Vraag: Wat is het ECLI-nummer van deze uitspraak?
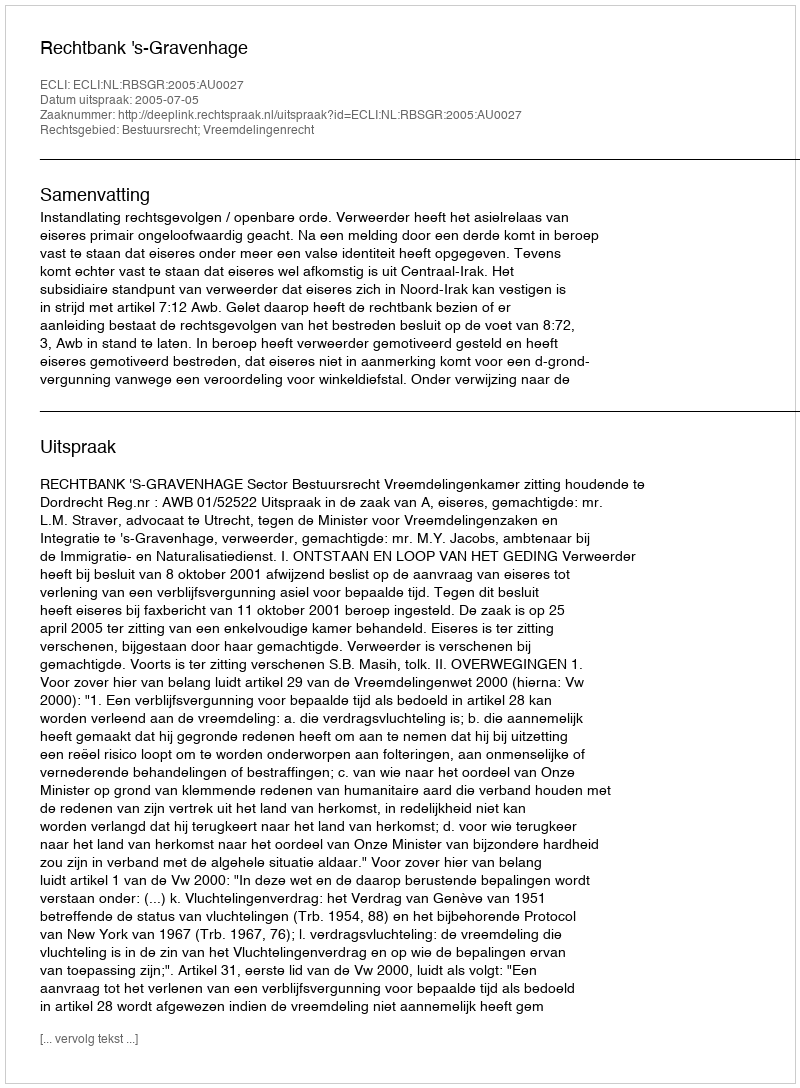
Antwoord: ECLI:NL:RBSGR:2005:AU0027